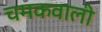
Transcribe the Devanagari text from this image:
चमकवाली